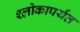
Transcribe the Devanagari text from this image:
श्लोकापर्यंत